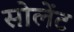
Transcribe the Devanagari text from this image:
सोलेंट